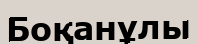
Боқанұлы